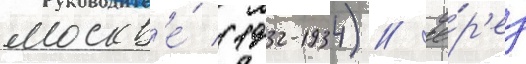
москв'е́ (1932-1934) // Че́р'ез